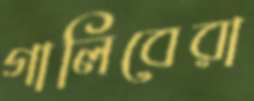
গালিবেরা